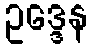
ဥဒ္ဒေန